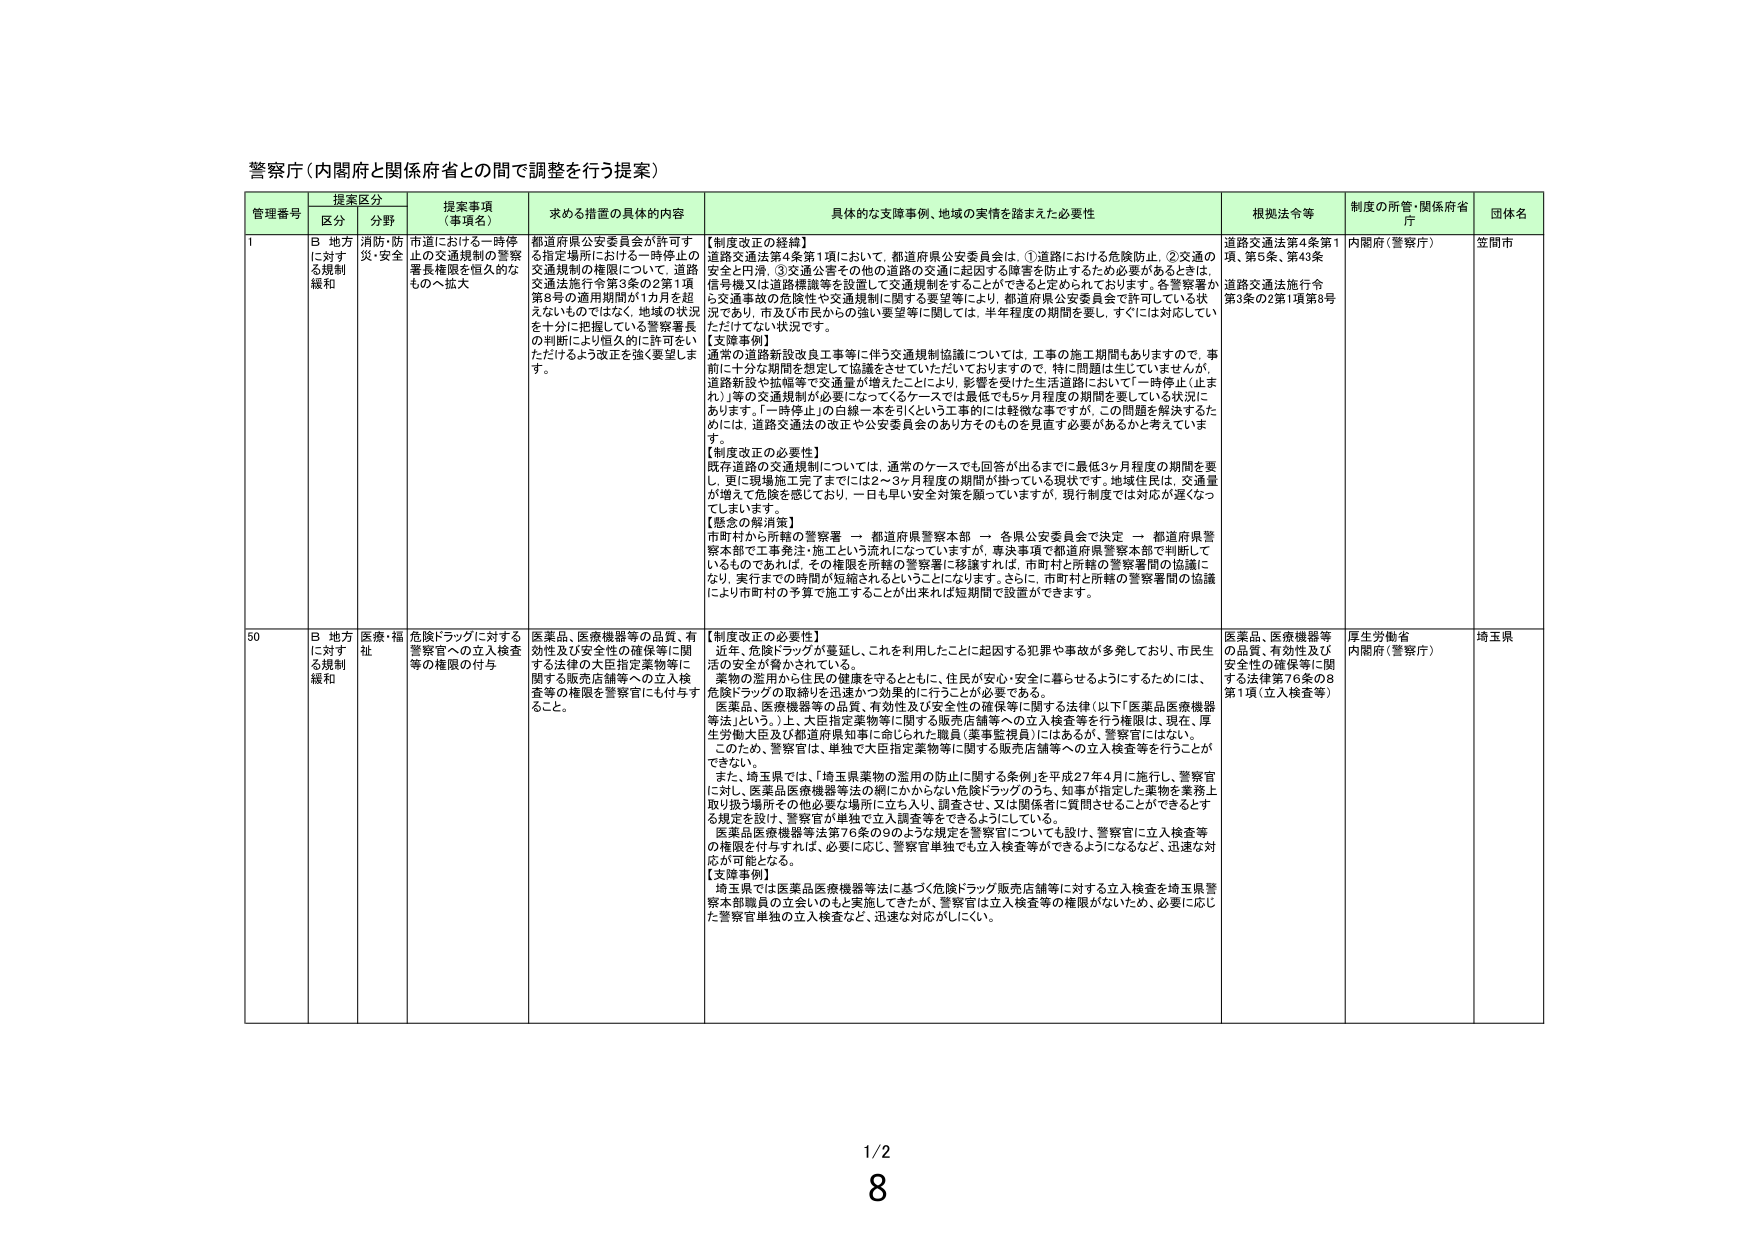
警察庁（内閣府と関係府省との間で調整を行う提案）

管理番号	提案区分	提案事項（事項名）	求める措置の具体的内容	具体的な支障事例、地域の実情を踏まえた必要性	根拠法令等	制度の所管・関係府省庁	団体名
	区分	分野
1	B 地方に対する規制緩和	消防・防災・安全	市道における一時停止の交通規制の警察署長権限を恒久的なものへ拡大	都道府県公安委員会が許可する指定場所における一時停止の交通規制の権限について、道路交通法施行令第3条の2第1項第8号の適用期間が1カ月を超えないのでではなく、地域の状況を十分に把握している警察署長の判断により恒久的に許可をいただけるよう改正を強く要望します。	【制度改正の経緯】
道路交通法第4条第1項において、都道府県公安委員会は、①道路における危険防止、②交通の安全と円滑、③交通公害その他の道路の交通に起因する障害を防止するため必要があるときは、信号機又は道路標識等を設置して交通規制をすることができるとしております。各警察署から交通事故の危険性や交通規制に関する要望等により、都道府県公安委員会で許可している状況であり、市及び市民からの強い要望に開いては、半年程度の期間を要し、すぐには対応していただけない状況です。
【支障事例】
通常の道路新設改良工事等に伴う交通規制協議については、工事の施工期間もありますので、事前に十分な期間を想定して協議をさせていただいておりますので、特に問題は生じていませんが、道路新設や拡幅等で交通量が増えたことにより、影響を受けた生活道路において「一時停止（止まれ）」等の交通規制が必要になってくるケースでは最低でも5ヶ月程度の期間を要している状況にあります。「一時停止」の白線一本を引くという工事的には軽微な事ですが、この問題を解決するためには、道路交通法の改正や公安委員会のあり方そのものを見直す必要があるかと考えています。
【制度改正の必要性】
既存道路の交通規制については、通常のケースでも回答が出るまでに最低3ヶ月程度の期間を要し、更に現場施工完了までには2〜3ヶ月程度の期間が掛っている現状です。地域住民は、交通量が増えて危険を感じており、一日も早い安全対策を願っていますが、現行制度では対応が遅くなってしまいます。
【懸念の解消策】
市町村から所轄の警察署 → 都道府県警察本部 → 各県公安委員会で決定 → 都道府県警察本部で工事発注・施工という流れになっていますが、専決事項で都道府県警察本部で判断しているものであれば、その権限を所轄の警察署に移譲すれば、市町村と所轄の警察署間の協議になり、実行までの時間が短縮されるということになります。さらに、市町村と所轄の警察署間の協議により市町村の予算で施工することが出来れば短期間で設置ができます。	道路交通法第4条第1項、第5条、第43条
道路交通法施行令第3条の2第1項第8号	内閣府（警察庁）	笠間市
50	B 地方に対する規制緩和	医療・福祉	危険ドラッグに対する警察官への立入検査等の権限の付与	医薬品、医療機器等の品質、有効性及び安全性の確保等に関する法律の大臣指定薬物等に関する販売店舗等への立入検査等の権限を警察官にも付与すること。	【制度改正の必要性】
近年、危険ドラッグが蔓延し、これを利用したことに起因する犯罪や事故が多発しており、市民生活の安全が脅かされている。
薬物の濫用から住民の健康を守るとともに、住民が安心・安全に暮らせるようにするためには、危険ドラッグの取締りを迅速かつ効果的に行うことが必要である。
医薬品、医療機器等の品質、有効性及び安全性の確保等に関する法律（以下「医薬品医療機器等法」という。）上、大臣指定薬物等に関する販売店舗等への立入検査等を行う権限は、現在、厚生労働大臣及び都道府県知事に命じられた職員（薬事監視員）にはあるが、警察官にはない。
このため、警察官は、単独で大臣指定薬物等に関する販売店舗等への立入検査等を行うことができない。
また、埼玉県では、「埼玉県薬物の濫用の防止に関する条例」を平成27年4月に施行し、警察官に対し、医薬品医療機器等法の網にかからない危険ドラッグのうち、知事が指定した薬物を業務上取り扱う場所その他必要な場所に立ち入り、調査させ、又は関係者に質問させることができるとする規定を設け、警察官が単独で立入調査等をできるようにしている。
医薬品医療機器等法第76条の9のような規定を警察官についても設け、警察官に立入検査等の権限を付与すれば、必要に応じ、警察官単独でも立入検査等ができるようになるなど、迅速な対応が可能となる。
【支障事例】
埼玉県では医薬品医療機器等法に基づく危険ドラッグ販売店舗等に対する立入検査を埼玉県警察本部職員の立会いのもと実施してきたが、警察官は立入検査等の権限がないため、必要に応じた警察官単独の立入検査など、迅速な対応がしにくい。	医薬品、医療機器等の品質、有効性及び安全性の確保等に関する法律第76条の8第1項（立入検査等）	厚生労働省
内閣府（警察庁）	埼玉県

1/2
8